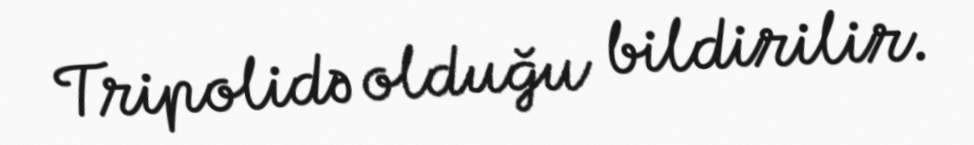
Tripolidə olduğu bildirilir.